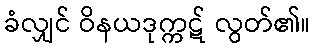
ခံလျှင် ဝိနယဒုက္ကဋ် လွတ်၏။